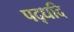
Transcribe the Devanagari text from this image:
पद्धदि